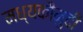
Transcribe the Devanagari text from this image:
मध्यकौमुदी